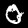
Label: 0